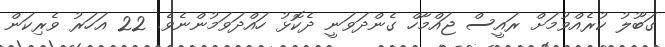
ގަބޫލު ކުރެއްވުމަށް ރައީސް ޖައްމާހް ގެންދަވަނީ ދެކޮޅު ހައްދަވަމުންނެވެ. 22 އަހަރު ވެރިކަން